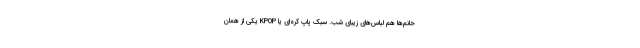
خانم‌ها هم لباس‌های زیبای شب. سبک پاپ کره‌ای یا KPOP یکی از همان